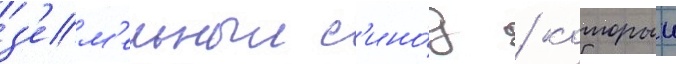
з'ем'ельныи с'ино́д / которыи